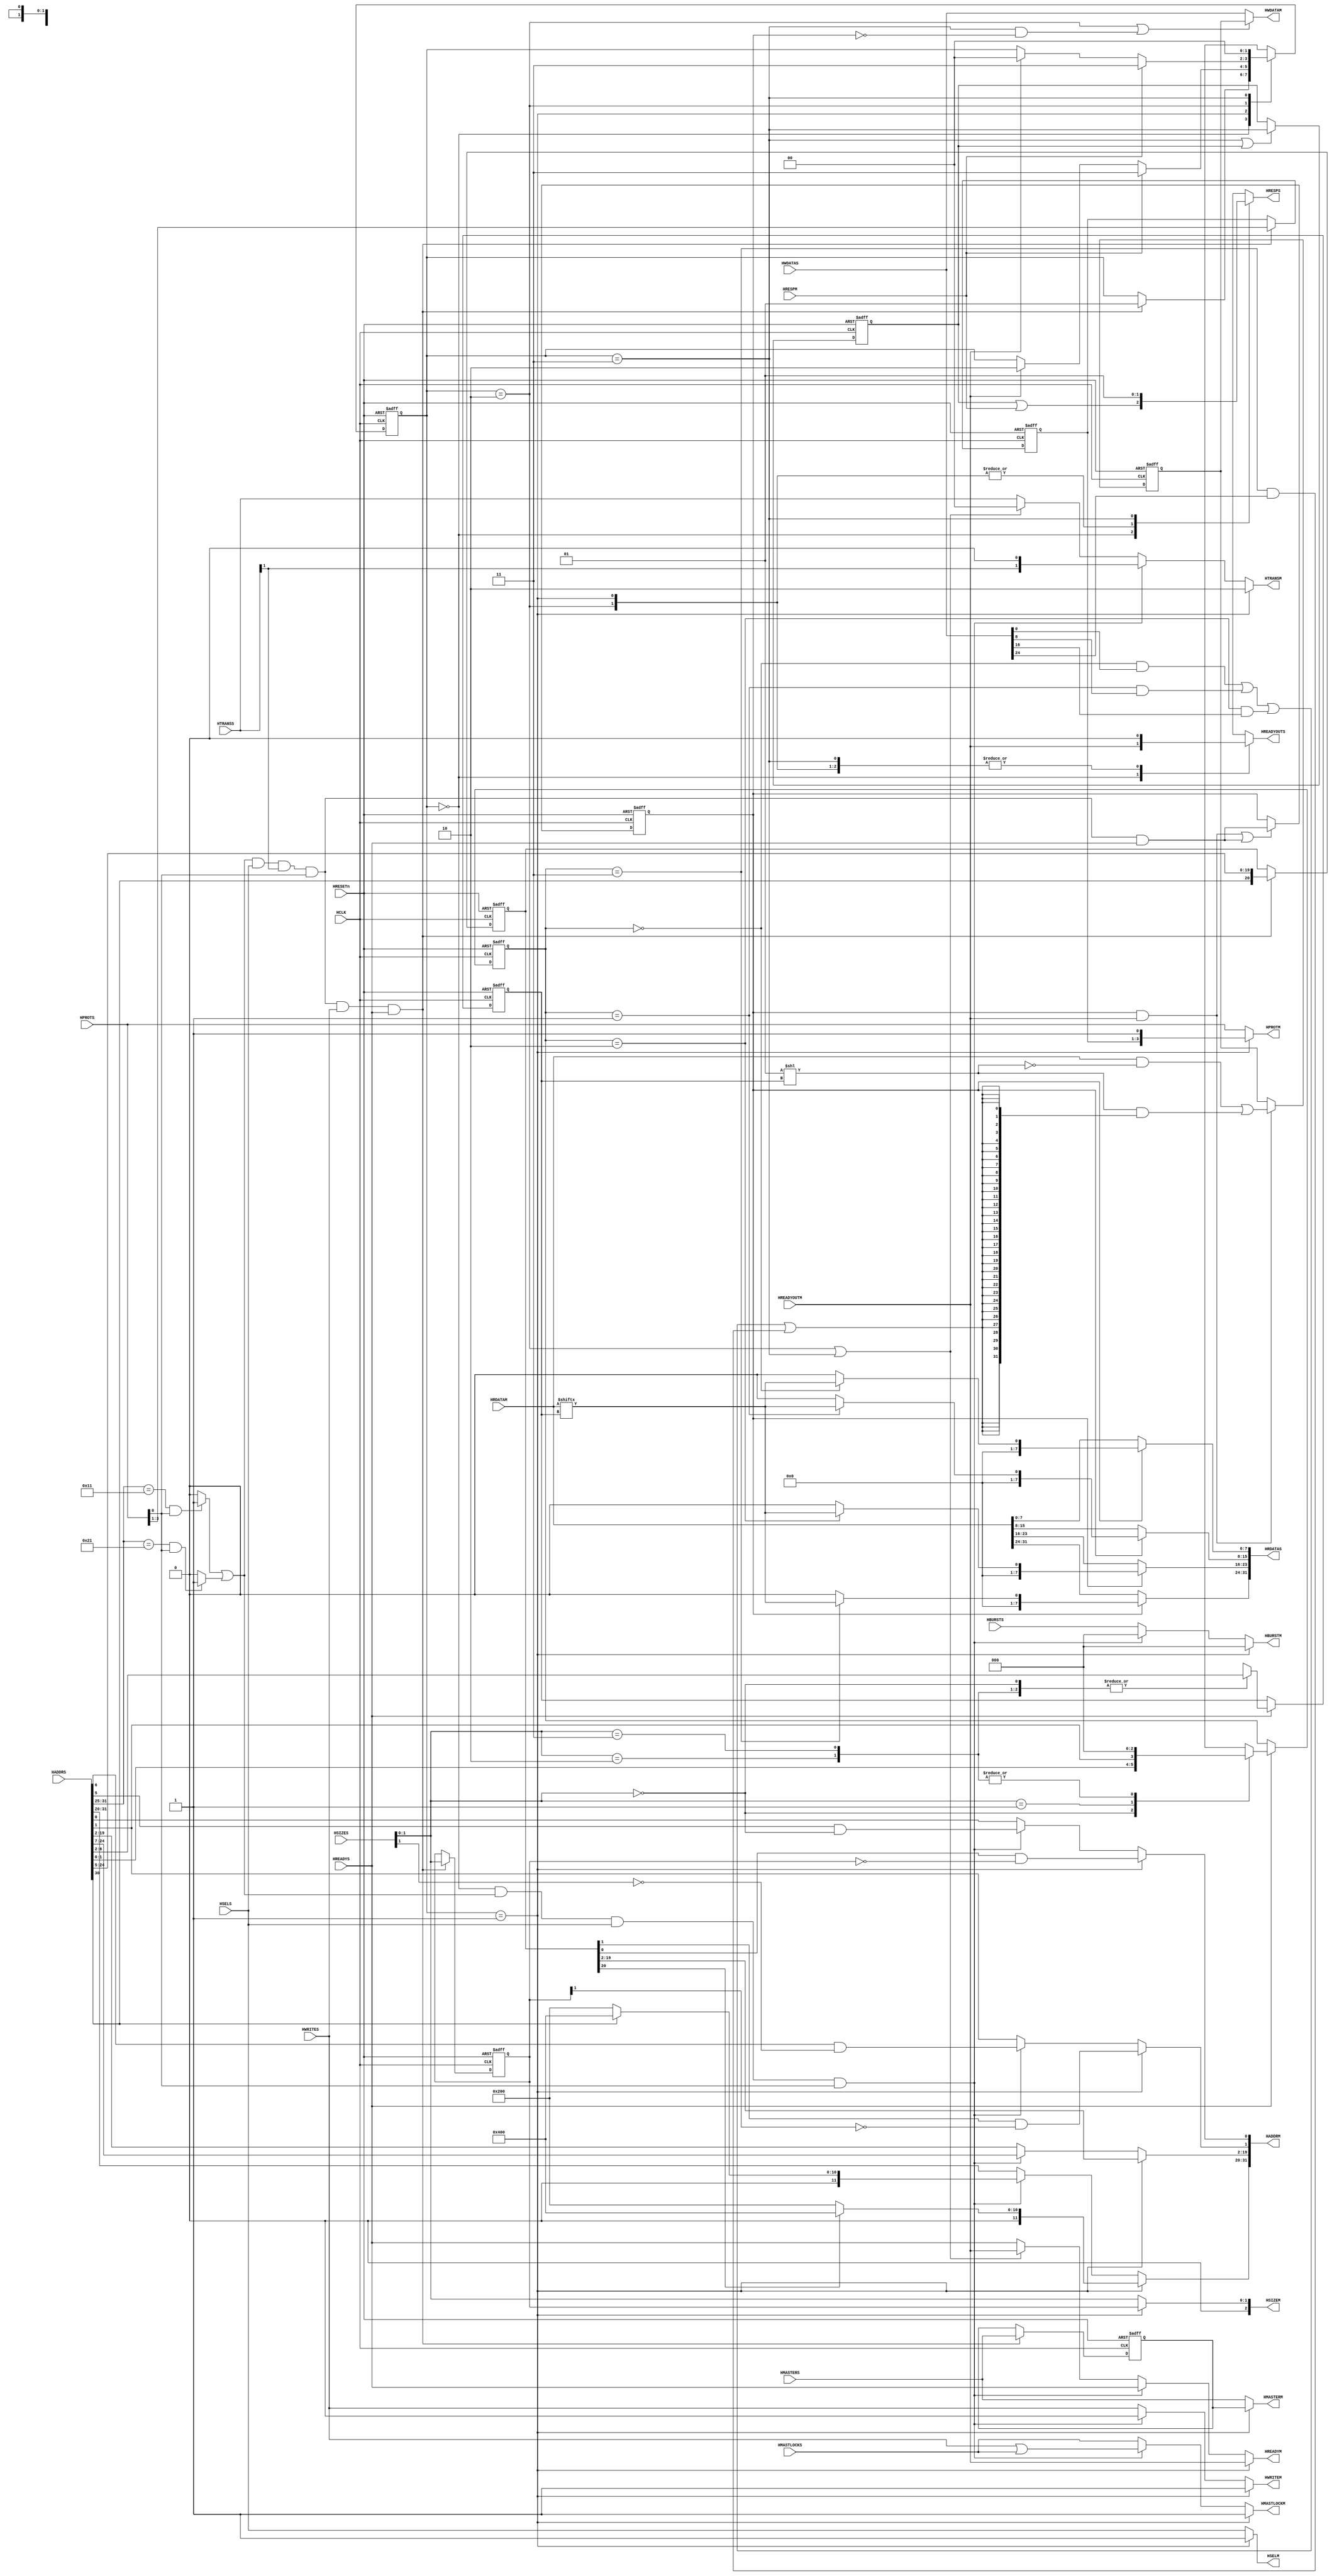
//-----------------------------------------------------------------------------
// The confidential and proprietary information contained in this file may
// only be used by a person authorised under and to the extent permitted
// by a subsisting licensing agreement from ARM Limited.
//
//            (C) COPYRIGHT 2010-2013 ARM Limited.
//                ALL RIGHTS RESERVED
//
// This entire notice must be reproduced on all copies of this file
// and copies of this file may only be made by a person if such person is
// permitted to do so under the terms of a subsisting license agreement
// from ARM Limited.
//
//      SVN Information
//
//      Checked In          : $Date: 2013-01-09 12:55:25 +0000 (Wed, 09 Jan 2013) $
//
//      Revision            : $Revision: 233070 $
//
//      Release Information : Cortex-M System Design Kit-r1p0-00rel0
//
//-----------------------------------------------------------------------------
//-----------------------------------------------------------------------------
// Abstract : AHB Bit Band Wrapper
//            A bus wrapper to allow Cortex-M0 or Cortex-M1 to replicate the
//            bit-band feature in the Cortex-M3/M4.
//-----------------------------------------------------------------------------
module cmsdk_ahb_bitband #(
  parameter MW = 1, // Width of HMASTER signals
  parameter BE = 0  // Big Endian
 )
 (
  // System
  input     wire         HCLK,
  input     wire         HRESETn,
  // AHB slave interface
  input     wire         HSELS,
  input     wire  [31:0] HADDRS,
  input     wire   [1:0] HTRANSS,
  input     wire   [3:0] HPROTS,
  input     wire   [MW-1:0] HMASTERS,
  input     wire   [2:0] HBURSTS,
  input     wire         HMASTLOCKS,
  input     wire   [2:0] HSIZES,
  input     wire         HWRITES,
  input     wire         HREADYS,
  input     wire  [31:0] HWDATAS,
  output    wire         HREADYOUTS,
  output    wire  [31:0] HRDATAS,
  output    wire         HRESPS,

  // AHB master interface
  output    wire         HSELM,
  output    wire  [31:0] HADDRM,
  output    wire   [1:0] HTRANSM,
  output    wire   [3:0] HPROTM,
  output    wire   [2:0] HBURSTM,
  output    wire   [MW-1:0] HMASTERM,
  output    wire         HMASTLOCKM,
  output    wire   [2:0] HSIZEM,
  output    wire         HWRITEM,
  output    wire         HREADYM,
  output    wire  [31:0] HWDATAM,
  input     wire         HREADYOUTM,
  input     wire  [31:0] HRDATAM,
  input     wire         HRESPM);


  // --------------------------------------------------------------------------
  // Internal wires
  // --------------------------------------------------------------------------

  // Address range decode
  wire            sram_bitband_alias;       // Bit band alias address detected
  wire            perip_bitband_alias;      // Bit band alias address detected

  wire   [4:0]    bit_address_source;       // 5-bit bit address value
  reg   [20:0]    reg_bit_address;          // Registered bit address with MSB indicating
                                            // SRAM or peripheral region
  wire  [20:0]    nxt_bit_address;          // next state for reg_bit_address
  reg    [1:0]    reg_bitband_size;         // Saved version of HSIZES
  reg    [2:0]    reg_bitband_prot;         // Saved version of HPROTS
  reg [MW-1:0]    reg_bitband_hmstr;        // Saved version of HMASTERS


  reg    [1:0]    reg_fsm_state;            // FSM machine
  reg    [1:0]    nxt_fsm_state;            // Next state for FSM
  // 00 - idle / bypass / bitband read (address phase) / data phase error 2 on slave i/f
  // 01 - locked read (data phase, address phase write)
  // 10 - locked write (data phase, address phase idle)
  // 11 - error (data phase error 1 on slave i/f, address phase idle, unlock)
  wire            bitband_valid;            // bit-band alias read/write
  wire            bitband_valid_and_readys; // bitband_valid is assert and HREADYS is asserted
  wire            rmw_start;                // Read-modify-write (bit-band alias write) start

  // Slave interface - from CPU to bitband wrapper
  reg    [1:0]    byte_number_ap;           // byte-number used in slave interface - address phase
  reg    [1:0]    byte_number_dp;           // byte-number used in slave interface - data phase
  // master interface - from bitband wrapper to slave
  reg    [4:0]    bit_number_ap;            // bit-number in word - address phase
  reg    [4:0]    bit_number_dp;            // bit-number in word - data phase

  reg   [31:0]    haddr_mux;
  reg   [ 1:0]    hsize_mux;
  reg   [ 1:0]    htrans_mux;
  reg             hwrite_mux;
  reg             hmastlock_mux;
  reg [MW-1:0]    hmaster_mux;
  reg   [ 2:0]    hburst_mux;
  reg   [ 3:0]    hprot_mux;
  reg             hreadym_mux;
  reg             hreadyouts_mux;
  reg             hresps_mux;

  // Signal for error response generation
  wire            nxt_err_cycle2;
  wire            reg_err_cycle2_en;
  reg             reg_err_cycle2;

  // Extract required bit
  wire            read_bit_value;
  wire            write_bit_value;
  reg             bitband_read_dataphase;
  reg   [31:0]    reg_data_buffer;
  wire  [31:0]    nxt_data_buffer;
  wire  [31:0]    bit_mask;

  wire            BIGENDIAN;

  // --------------------------------------------------------------------------
  // Main code
  // --------------------------------------------------------------------------

  // FSM States
  localparam RMW_IDLE = 2'b00;      // Idle
  localparam RMW_ONE  = 2'b01;      // Read data phase, Write address phase
  localparam RMW_TWO  = 2'b10;      // Write data phase, Idle address phase
  localparam RMW_ERR  = 2'b11;      // Error response

  // SRAM bit-band region : 0x22000000 to 0x23FFFFFF
  assign  sram_bitband_alias  = ((HADDRS[31:25]==7'b0010_001)&(HPROTS[0])) ? 1'b1 :  1'b0;
  // Peripheral bit-band region : 0x42000000 to 0x43FFFFFF
  assign  perip_bitband_alias = ((HADDRS[31:25]==7'b0100_001)&(HPROTS[0])) ? 1'b1 :  1'b0;

  assign  bit_address_source[4:0] = HADDRS[6:2];

  // Bit-band alias remapping take place if
  // - address range matched
  // - transfer is active
  // - transfer is a data access
  assign  bitband_valid   = (sram_bitband_alias|perip_bitband_alias) & HSELS & HTRANSS[1] & HPROTS[0];
  // Signal to trigger
  // - saving of transfer information and
  // - start the FSM
  assign  rmw_start       = bitband_valid & HWRITES & HREADYS;
  // Truncate required information to avoid saving all address bit
  assign  nxt_bit_address = {HADDRS[30], HADDRS[24:5]};

  // Save information required for bit-band write phase
  always @(posedge HCLK or negedge HRESETn)
  begin
    if (~HRESETn)
      begin
      reg_bit_address <= {21{1'b0}};
      reg_bitband_size<= 2'b00;
      reg_bitband_prot<= 3'b000;
      reg_bitband_hmstr<={MW{1'b0}};
      end
    else if (rmw_start)
      begin
      reg_bit_address <= nxt_bit_address;
      reg_bitband_size<= HSIZES[1:0];
      reg_bitband_prot<= HPROTS[3:1]; // no need to save HPROT[0] because bit band only apply to data accesses
      reg_bitband_hmstr<=HMASTERS;
      end
  end

  // FSM operation
  always @(reg_fsm_state or rmw_start or HRESPM or HREADYOUTM)
    begin
    case (reg_fsm_state)
      RMW_IDLE : begin
          if (rmw_start)
            nxt_fsm_state = RMW_ONE;
          else
            nxt_fsm_state = reg_fsm_state;
          end
      RMW_ONE : begin // RMW : Read data phase, Write address phase
          if (HRESPM)
            nxt_fsm_state = RMW_ERR;
          else if (HREADYOUTM)
            nxt_fsm_state = RMW_TWO;
          else
            nxt_fsm_state = reg_fsm_state;
          end
      RMW_TWO : begin // RMW : Write data phase, Idle address phase
          if (HRESPM)
            nxt_fsm_state = RMW_ERR;
          else if (HREADYOUTM)
            nxt_fsm_state = RMW_IDLE;
          else
            nxt_fsm_state = reg_fsm_state;
          end
      RMW_ERR : begin
          nxt_fsm_state = RMW_IDLE;
          end
      default : nxt_fsm_state = 2'bxx;
    endcase
    end

  // Registering FSM state
  always @(posedge HCLK or negedge HRESETn)
  begin
    if (~HRESETn)
      reg_fsm_state <= RMW_IDLE;
    else
      reg_fsm_state <= nxt_fsm_state;
  end

  // --------------------------------------------------------------------------
  // Bit processing
  // --------------------------------------------------------------------------
  assign BIGENDIAN = (BE==1'b0) ? 1'b0 : 1'b1;

  // This signal tell which byte we should look at when a bit-band read/write
  // is carried out.  For read, we will need to set
  //     HRDATAS = <read_bit_value> << (byte_number_dp*8)
  // For write, we will need to extract
  //     <write_bit_value> = (HWDATAS >> (byte_number_dp*8)) & 1
  // Little endian
  // HSIZE          HADDR   3  2  1  0
  // Word     size    00   -- -- -- dd
  // Halfword size    00   -- -- -- dd
  // Halfword size    10   -- dd -- --
  // Byte     size    00   -- -- -- dd
  // Byte     size    01   -- -- dd --
  // Byte     size    10   -- dd -- --
  // Byte     size    11   dd -- -- --
  // Big endian
  // HSIZE          HADDR
  // Word     size    00   dd -- -- --
  // Halfword size    00   -- -- dd --
  // Halfword size    10   dd -- -- --
  // Byte     size    00   -- -- -- dd
  // Byte     size    01   -- -- dd --
  // Byte     size    10   -- dd -- --
  // Byte     size    11   dd -- -- --
  always @(BIGENDIAN or HSIZES or HADDRS)
  begin
    case (HSIZES[1:0])
      2'b00 : // bytes
        byte_number_ap = HADDRS[1:0];
      2'b01 : // half word
        byte_number_ap = {HADDRS[1], BIGENDIAN};
      2'b10 : // word
        byte_number_ap = {BIGENDIAN, BIGENDIAN};
      2'b11 : // double word - Invalid
        byte_number_ap = {BIGENDIAN, BIGENDIAN};
      default :
        byte_number_ap = 2'bxx;
    endcase
  end

  // Registering for data phase
  always @(posedge HCLK or negedge HRESETn)
    begin
    if (~HRESETn)
      byte_number_dp <= 2'b00;
    else if (HREADYS)
      byte_number_dp <= byte_number_ap;
    end


  always @(BIGENDIAN or HSIZES or bit_address_source)
  begin
    case (HSIZES[1:0])
      2'b00 : // bytes
        bit_number_ap = bit_address_source[4:0];
      2'b01 : // half word
        bit_number_ap = {bit_address_source[4], BIGENDIAN ^ bit_address_source[3], bit_address_source[2:0]};
      2'b10 : // word
        bit_number_ap = {BIGENDIAN ^ bit_address_source[4], BIGENDIAN ^ bit_address_source[3], bit_address_source[2:0]};
      2'b11 : // double word - Invalid
        bit_number_ap = {BIGENDIAN ^ bit_address_source[4], BIGENDIAN ^ bit_address_source[3], bit_address_source[2:0]};
      default :
        bit_number_ap = 5'bxxxxx;
    endcase
  end
  // Registering for data phase
  always @(posedge HCLK or negedge HRESETn)
    begin
    if (~HRESETn)
      bit_number_dp <= 5'b00000;
    else if (HREADYS)
      bit_number_dp <= bit_number_ap;
    end

  // --------------------------------------------------------------------------
  // Outputs
  // --------------------------------------------------------------------------

  // From Master to Slave
  // HSELS=1 if bit-band write address phase
  assign  HSELM = (reg_fsm_state==RMW_ONE) ? 1'b1 : HSELS;

  // Error response state
  // - first cycle of error response  : (reg_fsm_state==RMW_ERR)
  // - second cycle of error response : reg_err_cycle2==1'b1;
  assign nxt_err_cycle2    = (reg_fsm_state==RMW_ERR);
  assign reg_err_cycle2_en = nxt_err_cycle2 | reg_err_cycle2;

  // Registering state
  always @(posedge HCLK or negedge HRESETn)
    begin
    if (~HRESETn)
      reg_err_cycle2 <= 1'b0;
    else if (reg_err_cycle2_en)
      reg_err_cycle2 <= nxt_err_cycle2;
    end

  // Multiplexer to generate bit-band remapping bus transfers
  always @(*)
    begin
    if (reg_fsm_state==RMW_ONE) begin // Bit-band read (data phase) write (address phase) cycle
      // Address phase for write operation
      haddr_mux[31:20] = reg_bit_address[20] ? 12'h400 : 12'h200;
      haddr_mux[19: 2] = reg_bit_address[19:2];
      haddr_mux[    1] = reg_bit_address[1] & (~reg_bitband_size[1]);
      haddr_mux[    0] = reg_bit_address[0] & (reg_bitband_size[1:0]==2'b00);
      hsize_mux[1  :0] = reg_bitband_size[1:0];
      hmaster_mux      = reg_bitband_hmstr;
      htrans_mux[ 1:0] = 2'b10;
      hwrite_mux       = 1'b1;
      hmastlock_mux    = 1'b1;
      hburst_mux       = 3'b000; // No burst for bit-band alias
      hprot_mux        = {reg_bitband_prot[2:0], 1'b1};
      hreadym_mux      = HREADYOUTM;
      end
    else if ((reg_fsm_state==RMW_IDLE) & (sram_bitband_alias|perip_bitband_alias) & HSELS & HPROTS[0])
      begin // bit-band alias remap to bit-band region
      haddr_mux[31:20] = HADDRS[30] ? 12'h400 : 12'h200;
      haddr_mux[19: 2] = HADDRS[24:7];
      haddr_mux[    1] = HADDRS[6] & (~HSIZES[1]);
      haddr_mux[    0] = HADDRS[5] & (HSIZES[1:0]==2'b00);
      hsize_mux[1  :0] = HSIZES[1:0];
      hmaster_mux      = HMASTERS;
      htrans_mux[ 1:0] = {HTRANSS[1], 1'b0};
      hwrite_mux       = 1'b0;
      hmastlock_mux    = HWRITES|HMASTLOCKS;
      hburst_mux       = 3'b000; // No burst for bit-band alias
      hprot_mux        = HPROTS[3:0];
      hreadym_mux      = HREADYS;
      end
    else if ((reg_fsm_state==RMW_TWO)| // bit-band write data phase, address phase IDLE
             (reg_fsm_state==RMW_ERR)) // error (data phase error 1 on slave i/f, address phase idle, unlock)
      begin
      haddr_mux[31: 0] = HADDRS[31:0];
      hsize_mux[1 : 0] = HSIZES[1:0];
      hmaster_mux      = HMASTERS;
      htrans_mux[ 1:0] = 2'b00;
      hwrite_mux       = HWRITES;
      hmastlock_mux    = HMASTLOCKS; // Note : If CPU generates locked transfer to bit-band alias, this will not unlock the bus
      hburst_mux       = HBURSTS;
      hprot_mux        = HPROTS[3:0];
      hreadym_mux      = HREADYOUTM;
      end
    else  // bypass
      begin
      haddr_mux[31: 0] = HADDRS[31:0];
      hsize_mux[1 : 0] = HSIZES[1:0];
      hmaster_mux      = HMASTERS;
      htrans_mux[ 1:0] = HTRANSS[1:0];
      hwrite_mux       = HWRITES;
      hmastlock_mux    = HMASTLOCKS;
      hburst_mux       = HBURSTS;
      hprot_mux        = HPROTS[3:0];
      hreadym_mux      = HREADYS;
      end
    end

  // Generate response to bus master
  always @(reg_fsm_state or HREADYOUTM or HRESPM or reg_err_cycle2)
    begin
    case (reg_fsm_state)
    RMW_ONE: begin // Bit-band read (data phase) write (address phase) cycle
      hreadyouts_mux = 1'b0; // mask ready from bus master
      hresps_mux     = 1'b0;
      end
    RMW_IDLE: begin // bit-band alias remap to bit-band region
      hreadyouts_mux = HREADYOUTM; // Normal
      hresps_mux     = reg_err_cycle2 | HRESPM; // Error response cycle #2 from bit-band read during RMW
      end
    RMW_TWO: begin // bit-band write data phase, address phase IDLE
      hreadyouts_mux = 1'b0; // Normal
      hresps_mux     = 1'b0;
      end
    RMW_ERR: begin // error (data phase error 1 on slave i/f, address phase idle, unlock)
      hreadyouts_mux = 1'b0;
      hresps_mux     = 1'b1;
      end
    default: begin
      hreadyouts_mux = 1'bx;
      hresps_mux     = 1'bx;
      end
    endcase
    end

  // Output to top level signals
  assign HADDRM     = haddr_mux;
  assign HSIZEM     = {1'b0, hsize_mux[1:0]};
  assign HTRANSM    = htrans_mux;
  assign HWRITEM    = hwrite_mux;
  assign HMASTERM   = hmaster_mux;
  assign HMASTLOCKM = hmastlock_mux;
  assign HBURSTM    = hburst_mux;
  assign HPROTM     = hprot_mux;
  assign HREADYM    = hreadym_mux;
  assign HREADYOUTS = hreadyouts_mux;
  assign HRESPS     = hresps_mux;


  // --------------------------------------------------------------------------
  // Data processing
  // --------------------------------------------------------------------------

  // Extract bit value read from bit-band alias
  assign  read_bit_value = HRDATAM[bit_number_dp];

  assign  bitband_valid_and_readys = bitband_valid & HREADYS;

  // Control signal to indicate bit-band read data phase
  always @(posedge HCLK or negedge HRESETn)
    begin
    if (~HRESETn)
      bitband_read_dataphase <= 1'b0;
    else if ((bitband_read_dataphase & HREADYOUTM)|(bitband_valid & HREADYS))
      bitband_read_dataphase <= bitband_valid_and_readys;
       // bitband_valid can either be bit-band alias read
       // or first half of bit-band alias write. In both case a bitband
       // read operation is required
    end

  // Bit-band alias read value
  assign  HRDATAS[ 7: 0] = (bitband_read_dataphase) ?
             ((byte_number_dp==2'b00) ? {7'b0000000,read_bit_value} :  8'h00) :
             HRDATAM[7:0];
  assign  HRDATAS[15: 8] = (bitband_read_dataphase) ?
             ((byte_number_dp==2'b01) ? {7'b0000000,read_bit_value} :  8'h00) :
             HRDATAM[15:8];
  assign  HRDATAS[23:16] = (bitband_read_dataphase) ?
             ((byte_number_dp==2'b10) ? {7'b0000000,read_bit_value} :  8'h00) :
             HRDATAM[23:16];
  assign  HRDATAS[31:24] = (bitband_read_dataphase) ?
             ((byte_number_dp==2'b11) ? {7'b0000000,read_bit_value} :  8'h00) :
             HRDATAM[31:24];

  // Extract write bit value for read modify write
  assign  write_bit_value = ((byte_number_dp==2'b00) & HWDATAS[0]) |
                            ((byte_number_dp==2'b01) & HWDATAS[8]) |
                            ((byte_number_dp==2'b10) & HWDATAS[16]) |
                            ((byte_number_dp==2'b11) & HWDATAS[24]);

  // Generate bit mask for bit band read-modify-write
  // Using bit_number_dp (dat phase bit number value), the bit_mask
  // value (one hot) is generated.
  assign bit_mask = 1 << bit_number_dp;

  // Create write data
  assign   nxt_data_buffer = (HRDATAM & (~bit_mask)) | (bit_mask & {32{write_bit_value}});

  // Registering for data phase - update at the end of the bit-band read data phase
  always @(posedge HCLK or negedge HRESETn)
    begin
    if (~HRESETn)
      reg_data_buffer <= {32{1'b0}};
    else if (bitband_read_dataphase & HREADYOUTM)
      reg_data_buffer <= nxt_data_buffer;
    end

  // Select HWDATAM output
  // Use data in buffer in state two (bit-band write)
  // and in state 3 (error state) if the error was taken place
  // during write operation (~bitband_read_dataphase).
  assign HWDATAM = ((reg_fsm_state==RMW_TWO)|
                    ((reg_fsm_state==RMW_ERR) & (~bitband_read_dataphase))) ?
                    reg_data_buffer : HWDATAS;

`ifdef ARM_AHB_ASSERT_ON
   // ------------------------------------------------------------
   // Assertions
   // ------------------------------------------------------------
`include "std_ovl_defines.h"

  wire  ovl_bb_alias_address_phase;  // transfer to bit-band alias address phase

  wire  ovl_normal_address_phase;    // normal transfer address phase
  reg   ovl_normal_data_phase;       // normal transfer data phase

  wire  ovl_nxt_bb_read_data_phase;  // Bit band alias read address phase
  reg   ovl_reg_bb_read_data_phase;  // Bit band alias read data phase


  assign ovl_bb_alias_address_phase = HSELS & HTRANSS[1] & (sram_bitband_alias|perip_bitband_alias);
  assign ovl_normal_address_phase   = HSELS & HTRANSS[1] & (~(sram_bitband_alias|perip_bitband_alias));
  assign ovl_nxt_bb_read_data_phase = ovl_bb_alias_address_phase & (~HWRITES);

  always @(posedge HCLK or negedge HRESETn)
  begin
  if (~HRESETn)
    begin
    ovl_normal_data_phase   <= 1'b0;
    ovl_reg_bb_read_data_phase <= 1'b0;
    end
  else if (HREADYS)
    begin
    ovl_normal_data_phase   <= ovl_normal_address_phase;
    ovl_reg_bb_read_data_phase <= ovl_nxt_bb_read_data_phase;
    end
  end

  wire  ovl_nxt_rmw_data_phase_1;
  reg   ovl_reg_rmw_data_phase_1;
  wire  ovl_nxt_rmw_data_phase_2;
  reg   ovl_reg_rmw_data_phase_2;

  assign ovl_nxt_rmw_data_phase_1 =
    // Set to 1 when a bit band alias write take place
    (ovl_bb_alias_address_phase & HREADYS & HWRITES) |
    // Remain high until first transfer finish
    (ovl_reg_rmw_data_phase_1 & (~HREADYOUTM));
  assign ovl_nxt_rmw_data_phase_2 =
    // Set to high when data phase 1 finish and not error
    (ovl_reg_rmw_data_phase_1 & HREADYOUTM & (~HRESPM)) |
    // Remain high until second transfer finish
    (ovl_reg_rmw_data_phase_2 & (~HREADYOUTM));

  always @(posedge HCLK or negedge HRESETn)
  begin
  if (~HRESETn)
    begin
    ovl_reg_rmw_data_phase_1 <= 1'b0;
    ovl_reg_rmw_data_phase_2 <= 1'b0;
    end
  else
    begin
    ovl_reg_rmw_data_phase_1 <= ovl_nxt_rmw_data_phase_1;
    ovl_reg_rmw_data_phase_2 <= ovl_nxt_rmw_data_phase_2;
    end
  end

  // In normal address phase, control should be the same as usual transfer
   assert_implication
     #(`OVL_ERROR,`OVL_ASSERT,
       "Normal transfer ctrl mismatch")
   u_ovl_normal_ctrl_mistmatch
     (.clk(HCLK), .reset_n(HRESETn),
      .antecedent_expr(ovl_normal_address_phase & HREADYS),
      .consequent_expr((HSIZES==HSIZEM) &
                       (HWRITES==HWRITEM) &
                       (HPROTS==HPROTM) &
                       (HBURSTS==HBURSTM) &
                       (HMASTERS==HMASTERM) &
                       (HMASTLOCKS==HMASTLOCKM))
      );

  // In normal address phase, address should be the same as usual transfer
   assert_implication
     #(`OVL_ERROR,`OVL_ASSERT,
       "Normal transfer ctrl mismatch")
   u_ovl_normal_addr_mistmatch
     (.clk(HCLK), .reset_n(HRESETn),
      .antecedent_expr(ovl_normal_address_phase & HREADYS),
      .consequent_expr((HADDRS==HADDRM))
      );

  // In normal data phase, response should be the same as usual transfer
   assert_implication
     #(`OVL_ERROR,`OVL_ASSERT,
       "Normal transfer response mismatch")
   u_ovl_normal_result_mistmatch
     (.clk(HCLK), .reset_n(HRESETn),
      .antecedent_expr(ovl_normal_data_phase),
      .consequent_expr((HREADYOUTS==HREADYOUTM) &
                       (HRESPS==HRESPM) &
                       (HREADYS==HREADYM))
      );

  // In bit-band address phase, control (apart from HMASTLOCK and HWRITEM) should be the same as usual transfer
   assert_implication
     #(`OVL_ERROR,`OVL_ASSERT,
       "Bit band alias transfer ctrl mismatch")
   u_ovl_bb_alias_ctrl_mistmatch
     (.clk(HCLK), .reset_n(HRESETn),
      .antecedent_expr(ovl_bb_alias_address_phase & HREADYS),
      .consequent_expr((HSIZES==HSIZEM) &
                       (HPROTS==HPROTM) &
                       (HMASTERS==HMASTERM))
      );

  // In bit-band address phase, HMASTLOCK should be the 1 if it is a write
   assert_implication
     #(`OVL_ERROR,`OVL_ASSERT,
       "Bit band alias write HMASTLOCKM should be 1")
   u_ovl_bb_alias_write_hmastlock_mistmatch
     (.clk(HCLK), .reset_n(HRESETn),
      .antecedent_expr(ovl_bb_alias_address_phase & HREADYS & HWRITES),
      .consequent_expr(HMASTLOCKM==1'b1)
      );

  // In bit-band address phase, HMASTLOCK should be the same as usual transfer if it is a read
   assert_implication
     #(`OVL_ERROR,`OVL_ASSERT,
       "Bit band alias read HMASTLOCKM should be same as HMASTLOCKS")
   u_ovl_bb_alias_read_hmastlock_mistmatch
     (.clk(HCLK), .reset_n(HRESETn),
      .antecedent_expr(ovl_bb_alias_address_phase & HREADYS & (~HWRITES)),
      .consequent_expr(HMASTLOCKM==HMASTLOCKS)
      );

  // In bit-band address phase, HWRITEM should be the 0
  // Even if the transfer is a write, it will have to carry out a read-modify-write
  // so the HWRITEM in first address phase should be 0
   assert_implication
     #(`OVL_ERROR,`OVL_ASSERT,
       "Bit band alias HWRITEM should be 0 in address phase")
   u_ovl_bb_alias_hwritem_mistmatch
     (.clk(HCLK), .reset_n(HRESETn),
      .antecedent_expr(ovl_bb_alias_address_phase & HREADYS),
      .consequent_expr(HWRITEM==1'b0)
      );


  // State machine check for read modify write data phase 1 (read)
   assert_implication
     #(`OVL_ERROR,`OVL_ASSERT,
       "FSM value incorrect in RMW data phase 1")
   u_ovl_fsm_data_phase_1
     (.clk(HCLK), .reset_n(HRESETn),
      .antecedent_expr(ovl_reg_rmw_data_phase_1 & (~HRESPM)),
      .consequent_expr(reg_fsm_state == RMW_ONE)
      );

  // State machine check for error during read modify write data phase 1
   assert_implication
     #(`OVL_ERROR,`OVL_ASSERT,
       "FSM value incorrect in RMW data phase 1 error")
   u_ovl_fsm_data_phase_1_error
     (.clk(HCLK), .reset_n(HRESETn),
      .antecedent_expr(ovl_reg_rmw_data_phase_1 & HRESPM & HREADYOUTM),
      .consequent_expr(reg_fsm_state == RMW_ERR)
      );

  // State machine check for read modify write data phase 2 (write)
   assert_implication
     #(`OVL_ERROR,`OVL_ASSERT,
       "FSM value incorrect in RMW data phase 2")
   u_ovl_fsm_data_phase_2
     (.clk(HCLK), .reset_n(HRESETn),
      .antecedent_expr(ovl_reg_rmw_data_phase_2 & (~HRESPM)),
      .consequent_expr(reg_fsm_state == RMW_TWO)
      );

  // State machine check for error during read modify write data phase 2
   assert_implication
     #(`OVL_ERROR,`OVL_ASSERT,
       "FSM value incorrect in RMW data phase 2 error")
   u_ovl_fsm_data_phase_2_error
     (.clk(HCLK), .reset_n(HRESETn),
      .antecedent_expr(ovl_reg_rmw_data_phase_2 & HRESPM & HREADYOUTM),
      .consequent_expr(reg_fsm_state == RMW_ERR)
      );

  // During data phase 1, HMASTLOCK should be high, HBURST should be SINGLE
  // and it should be a write operation
   assert_implication
     #(`OVL_ERROR,`OVL_ASSERT,
       "Ctrl in RMW data phase 1 error, expecting write,single,nseq,locked")
   u_ovl_bb_alias_ctrl_data_phase_1
     (.clk(HCLK), .reset_n(HRESETn),
      .antecedent_expr(ovl_reg_rmw_data_phase_1 & (~HRESPM)),
      .consequent_expr((HMASTLOCKM == 1'b1) &
                       (HBURSTM==3'b000) &
                       (HWRITEM==1'b1) & (HTRANSM==2'b10))
      );

  // During data phase 2, HMASTLOCK should be same as HMASTLOCK from CPU
  // Note : It is not normal for the CPU to generate locked transfers to bit band alias
  //        but architectural nothing stopping it from doing so
   assert_implication
     #(`OVL_ERROR,`OVL_ASSERT,
       "Ctrl in RMW data phase 2 error, expecting idle")
   u_ovl_bb_alias_ctrl_data_phase_2
     (.clk(HCLK), .reset_n(HRESETn),
      .antecedent_expr(ovl_reg_rmw_data_phase_2 & (~HRESPM)),
      .consequent_expr((HMASTLOCKM == HMASTLOCKS) & (HTRANSM==2'b00))
      );

  // Generate bit mask
  reg [31:0] ovl_nxt_bit_mask;
  reg [31:0] ovl_reg_bit_mask;

  always @(HADDRS or BIGENDIAN or HSIZES)
  begin
    if ((BIGENDIAN==1'b0) | (HSIZES[1:0]==2'b00)) // little endian or byte size
      case (HADDRS[6:2])
      5'b00000 : ovl_nxt_bit_mask = 32'b00000000_00000000_00000000_00000001;
      5'b00001 : ovl_nxt_bit_mask = 32'b00000000_00000000_00000000_00000010;
      5'b00010 : ovl_nxt_bit_mask = 32'b00000000_00000000_00000000_00000100;
      5'b00011 : ovl_nxt_bit_mask = 32'b00000000_00000000_00000000_00001000;
      5'b00100 : ovl_nxt_bit_mask = 32'b00000000_00000000_00000000_00010000;
      5'b00101 : ovl_nxt_bit_mask = 32'b00000000_00000000_00000000_00100000;
      5'b00110 : ovl_nxt_bit_mask = 32'b00000000_00000000_00000000_01000000;
      5'b00111 : ovl_nxt_bit_mask = 32'b00000000_00000000_00000000_10000000;
      5'b01000 : ovl_nxt_bit_mask = 32'b00000000_00000000_00000001_00000000;
      5'b01001 : ovl_nxt_bit_mask = 32'b00000000_00000000_00000010_00000000;
      5'b01010 : ovl_nxt_bit_mask = 32'b00000000_00000000_00000100_00000000;
      5'b01011 : ovl_nxt_bit_mask = 32'b00000000_00000000_00001000_00000000;
      5'b01100 : ovl_nxt_bit_mask = 32'b00000000_00000000_00010000_00000000;
      5'b01101 : ovl_nxt_bit_mask = 32'b00000000_00000000_00100000_00000000;
      5'b01110 : ovl_nxt_bit_mask = 32'b00000000_00000000_01000000_00000000;
      5'b01111 : ovl_nxt_bit_mask = 32'b00000000_00000000_10000000_00000000;
      5'b10000 : ovl_nxt_bit_mask = 32'b00000000_00000001_00000000_00000000;
      5'b10001 : ovl_nxt_bit_mask = 32'b00000000_00000010_00000000_00000000;
      5'b10010 : ovl_nxt_bit_mask = 32'b00000000_00000100_00000000_00000000;
      5'b10011 : ovl_nxt_bit_mask = 32'b00000000_00001000_00000000_00000000;
      5'b10100 : ovl_nxt_bit_mask = 32'b00000000_00010000_00000000_00000000;
      5'b10101 : ovl_nxt_bit_mask = 32'b00000000_00100000_00000000_00000000;
      5'b10110 : ovl_nxt_bit_mask = 32'b00000000_01000000_00000000_00000000;
      5'b10111 : ovl_nxt_bit_mask = 32'b00000000_10000000_00000000_00000000;
      5'b11000 : ovl_nxt_bit_mask = 32'b00000001_00000000_00000000_00000000;
      5'b11001 : ovl_nxt_bit_mask = 32'b00000010_00000000_00000000_00000000;
      5'b11010 : ovl_nxt_bit_mask = 32'b00000100_00000000_00000000_00000000;
      5'b11011 : ovl_nxt_bit_mask = 32'b00001000_00000000_00000000_00000000;
      5'b11100 : ovl_nxt_bit_mask = 32'b00010000_00000000_00000000_00000000;
      5'b11101 : ovl_nxt_bit_mask = 32'b00100000_00000000_00000000_00000000;
      5'b11110 : ovl_nxt_bit_mask = 32'b01000000_00000000_00000000_00000000;
      5'b11111 : ovl_nxt_bit_mask = 32'b10000000_00000000_00000000_00000000;
      default  : ovl_nxt_bit_mask = {32{1'bx}};
      endcase
    else // big endian
      if (HSIZES[1:0]==2'b01)
        begin // Half word size, swap within half word
        case (HADDRS[6:2])
          5'b00000 : ovl_nxt_bit_mask = 32'b00000000_00000000_00000001_00000000;
          5'b00001 : ovl_nxt_bit_mask = 32'b00000000_00000000_00000010_00000000;
          5'b00010 : ovl_nxt_bit_mask = 32'b00000000_00000000_00000100_00000000;
          5'b00011 : ovl_nxt_bit_mask = 32'b00000000_00000000_00001000_00000000;
          5'b00100 : ovl_nxt_bit_mask = 32'b00000000_00000000_00010000_00000000;
          5'b00101 : ovl_nxt_bit_mask = 32'b00000000_00000000_00100000_00000000;
          5'b00110 : ovl_nxt_bit_mask = 32'b00000000_00000000_01000000_00000000;
          5'b00111 : ovl_nxt_bit_mask = 32'b00000000_00000000_10000000_00000000;
          5'b01000 : ovl_nxt_bit_mask = 32'b00000000_00000000_00000000_00000001;
          5'b01001 : ovl_nxt_bit_mask = 32'b00000000_00000000_00000000_00000010;
          5'b01010 : ovl_nxt_bit_mask = 32'b00000000_00000000_00000000_00000100;
          5'b01011 : ovl_nxt_bit_mask = 32'b00000000_00000000_00000000_00001000;
          5'b01100 : ovl_nxt_bit_mask = 32'b00000000_00000000_00000000_00010000;
          5'b01101 : ovl_nxt_bit_mask = 32'b00000000_00000000_00000000_00100000;
          5'b01110 : ovl_nxt_bit_mask = 32'b00000000_00000000_00000000_01000000;
          5'b01111 : ovl_nxt_bit_mask = 32'b00000000_00000000_00000000_10000000;
          5'b10000 : ovl_nxt_bit_mask = 32'b00000001_00000000_00000000_00000000;
          5'b10001 : ovl_nxt_bit_mask = 32'b00000010_00000000_00000000_00000000;
          5'b10010 : ovl_nxt_bit_mask = 32'b00000100_00000000_00000000_00000000;
          5'b10011 : ovl_nxt_bit_mask = 32'b00001000_00000000_00000000_00000000;
          5'b10100 : ovl_nxt_bit_mask = 32'b00010000_00000000_00000000_00000000;
          5'b10101 : ovl_nxt_bit_mask = 32'b00100000_00000000_00000000_00000000;
          5'b10110 : ovl_nxt_bit_mask = 32'b01000000_00000000_00000000_00000000;
          5'b10111 : ovl_nxt_bit_mask = 32'b10000000_00000000_00000000_00000000;
          5'b11000 : ovl_nxt_bit_mask = 32'b00000000_00000001_00000000_00000000;
          5'b11001 : ovl_nxt_bit_mask = 32'b00000000_00000010_00000000_00000000;
          5'b11010 : ovl_nxt_bit_mask = 32'b00000000_00000100_00000000_00000000;
          5'b11011 : ovl_nxt_bit_mask = 32'b00000000_00001000_00000000_00000000;
          5'b11100 : ovl_nxt_bit_mask = 32'b00000000_00010000_00000000_00000000;
          5'b11101 : ovl_nxt_bit_mask = 32'b00000000_00100000_00000000_00000000;
          5'b11110 : ovl_nxt_bit_mask = 32'b00000000_01000000_00000000_00000000;
          5'b11111 : ovl_nxt_bit_mask = 32'b00000000_10000000_00000000_00000000;
          default  : ovl_nxt_bit_mask = {32{1'bx}};
        endcase
        end
      else begin // word size, swap all four bytes
        case (HADDRS[6:2])
          5'b00000 : ovl_nxt_bit_mask = 32'b00000001_00000000_00000000_00000000;
          5'b00001 : ovl_nxt_bit_mask = 32'b00000010_00000000_00000000_00000000;
          5'b00010 : ovl_nxt_bit_mask = 32'b00000100_00000000_00000000_00000000;
          5'b00011 : ovl_nxt_bit_mask = 32'b00001000_00000000_00000000_00000000;
          5'b00100 : ovl_nxt_bit_mask = 32'b00010000_00000000_00000000_00000000;
          5'b00101 : ovl_nxt_bit_mask = 32'b00100000_00000000_00000000_00000000;
          5'b00110 : ovl_nxt_bit_mask = 32'b01000000_00000000_00000000_00000000;
          5'b00111 : ovl_nxt_bit_mask = 32'b10000000_00000000_00000000_00000000;
          5'b01000 : ovl_nxt_bit_mask = 32'b00000000_00000001_00000000_00000000;
          5'b01001 : ovl_nxt_bit_mask = 32'b00000000_00000010_00000000_00000000;
          5'b01010 : ovl_nxt_bit_mask = 32'b00000000_00000100_00000000_00000000;
          5'b01011 : ovl_nxt_bit_mask = 32'b00000000_00001000_00000000_00000000;
          5'b01100 : ovl_nxt_bit_mask = 32'b00000000_00010000_00000000_00000000;
          5'b01101 : ovl_nxt_bit_mask = 32'b00000000_00100000_00000000_00000000;
          5'b01110 : ovl_nxt_bit_mask = 32'b00000000_01000000_00000000_00000000;
          5'b01111 : ovl_nxt_bit_mask = 32'b00000000_10000000_00000000_00000000;
          5'b10000 : ovl_nxt_bit_mask = 32'b00000000_00000000_00000001_00000000;
          5'b10001 : ovl_nxt_bit_mask = 32'b00000000_00000000_00000010_00000000;
          5'b10010 : ovl_nxt_bit_mask = 32'b00000000_00000000_00000100_00000000;
          5'b10011 : ovl_nxt_bit_mask = 32'b00000000_00000000_00001000_00000000;
          5'b10100 : ovl_nxt_bit_mask = 32'b00000000_00000000_00010000_00000000;
          5'b10101 : ovl_nxt_bit_mask = 32'b00000000_00000000_00100000_00000000;
          5'b10110 : ovl_nxt_bit_mask = 32'b00000000_00000000_01000000_00000000;
          5'b10111 : ovl_nxt_bit_mask = 32'b00000000_00000000_10000000_00000000;
          5'b11000 : ovl_nxt_bit_mask = 32'b00000000_00000000_00000000_00000001;
          5'b11001 : ovl_nxt_bit_mask = 32'b00000000_00000000_00000000_00000010;
          5'b11010 : ovl_nxt_bit_mask = 32'b00000000_00000000_00000000_00000100;
          5'b11011 : ovl_nxt_bit_mask = 32'b00000000_00000000_00000000_00001000;
          5'b11100 : ovl_nxt_bit_mask = 32'b00000000_00000000_00000000_00010000;
          5'b11101 : ovl_nxt_bit_mask = 32'b00000000_00000000_00000000_00100000;
          5'b11110 : ovl_nxt_bit_mask = 32'b00000000_00000000_00000000_01000000;
          5'b11111 : ovl_nxt_bit_mask = 32'b00000000_00000000_00000000_10000000;
          default  : ovl_nxt_bit_mask = {32{1'bx}};
        endcase
        end
  end

  // Register bit mask for data phase
  always @(posedge HCLK or negedge HRESETn)
  begin
  if (~HRESETn)
    ovl_reg_bit_mask <= {32{1'b0}};
  else if (HREADYS)
    ovl_reg_bit_mask <= ovl_nxt_bit_mask;
  end

  // Check mapping of HSIZE is handled correctly
  reg  [2:0]  ovl_reg_hsize_data_phase;

  always @(posedge HCLK or negedge HRESETn)
  begin
  if (~HRESETn)
    ovl_reg_hsize_data_phase <= 3'b000;
  else if (HREADYS)
    ovl_reg_hsize_data_phase <= HSIZES;
  end

   // Create expected bit band alias read data
   reg  [31:0] ovl_expected_bit_band_read_data;

   always @(BIGENDIAN or ovl_reg_bit_mask or HRDATAM or ovl_reg_hsize_data_phase)
   begin
     if (BIGENDIAN==1'b0) // little endian
       begin
       if ((HRDATAM & ovl_reg_bit_mask)==32'h00000000)
         ovl_expected_bit_band_read_data = 32'h00000000;
       else
         ovl_expected_bit_band_read_data = 32'h00000001;
       end
     else
       begin
       if ((HRDATAM & ovl_reg_bit_mask)==32'h00000000)
         ovl_expected_bit_band_read_data = 32'h00000000;
       else
         begin
         case (ovl_reg_hsize_data_phase[1:0])
           2'b00  : ovl_expected_bit_band_read_data = 32'h00000001; // byte, bigend
           2'b01  : ovl_expected_bit_band_read_data = 32'h00000100; // hword, bigend
           default: ovl_expected_bit_band_read_data = 32'h01000000; // word, bigend
         endcase
         end
       end
   end

   // Check return data in bit band alias read
   assert_implication
     #(`OVL_ERROR,`OVL_ASSERT,
     "Check data return for bit-band alias read")
   u_ovl_bb_alias_read_result_check
     (.clk(HCLK), .reset_n(HRESETn),
      .antecedent_expr(ovl_reg_bb_read_data_phase & HREADYOUTS & (~HRESPS)),
      .consequent_expr(HRDATAS == ovl_expected_bit_band_read_data )
      );

   // Create signal to check bit band alias write
   reg  [31:0] ovl_reg_saved_bit_band_read_data;
   wire        ovl_save_bit_band_read_data =
               ovl_reg_rmw_data_phase_1 & HREADYOUTM;

   always @(posedge HCLK or negedge HRESETn)
   begin
   if (~HRESETn)
     ovl_reg_saved_bit_band_read_data <= {32{1'b0}};
   else if (ovl_save_bit_band_read_data)
     ovl_reg_saved_bit_band_read_data <= HRDATAM;
   end

   // This signal tell which byte we should look at when a bit-band read/write
   // is carried out.  For read, we will need to set
   //     HRDATAS = <read_bit_value> << (byte_number_dp*8)
   // For write, we will need to extract
   //     <write_bit_value> = (HWDATAS >> (byte_number_dp*8)) & 1
   // Little endian
   wire [1:0] ovl_be_byte_num_addr_phase = (HSIZES[1:0] == 2'b00) ? HADDRS[1:0] :
     (HSIZES[1:0] == 2'b01) ? { HADDRS[1], 1'b1} :
     2'b11;

   reg  [1:0]  ovl_be_byte_num_data_phase;

   // Registering for data phase
   always @(posedge HCLK or negedge HRESETn)
     begin
     if (~HRESETn)
       ovl_be_byte_num_data_phase <= 2'b00;
     else if (HREADYS)
       ovl_be_byte_num_data_phase <= ovl_be_byte_num_addr_phase;
     end

  // Extract write bit value for read modify write
  wire  ovl_write_bit_value = ((ovl_be_byte_num_data_phase==2'b00) & HWDATAS[0]) |
                              ((ovl_be_byte_num_data_phase==2'b01) & HWDATAS[8]) |
                              ((ovl_be_byte_num_data_phase==2'b10) & HWDATAS[16]) |
                              ((ovl_be_byte_num_data_phase==2'b11) & HWDATAS[24]);

   // See if we are going to set or clear a bit in the RMW operation
   wire   ovl_bb_rmw_setbit = ovl_reg_rmw_data_phase_2 &
                              (((BIGENDIAN==1'b0) & (HWDATAS[0]==1'b1)) |
                               ((BIGENDIAN==1'b1) & ovl_write_bit_value));

   reg  [31:0] ovl_expected_bit_band_write_data;

   always @(ovl_reg_saved_bit_band_read_data or ovl_bb_rmw_setbit
         or ovl_reg_bit_mask)
     begin
     if (ovl_bb_rmw_setbit==1'b1) // Operation is setting a bit
       ovl_expected_bit_band_write_data =
         ovl_reg_saved_bit_band_read_data | ovl_reg_bit_mask;
     else // Operation is clearing a bit
       ovl_expected_bit_band_write_data =
         ovl_reg_saved_bit_band_read_data & (~ovl_reg_bit_mask);
     end

   // Check write data in bit band alias write
   assert_implication
     #(`OVL_ERROR,`OVL_ASSERT,
       "Check data write for bit-band alias write")
   u_ovl_bb_alias_write_data_check
     (.clk(HCLK), .reset_n(HRESETn),
      .antecedent_expr(ovl_reg_rmw_data_phase_2 & HREADYOUTM & (~HRESPM)),
      .consequent_expr(HWDATAM == ovl_expected_bit_band_write_data )
      );

   // Check HADDRM during bit-band read/write oepration in first phase
   wire [31:0] ovl_expected_haddr_phase_1;
   reg  [31:0] ovl_expected_haddr_phase_2;
   assign ovl_expected_haddr_phase_1[31:20] = (HADDRS[30]) ? 12'h400 : 12'h200;
   assign ovl_expected_haddr_phase_1[19: 2] =  HADDRS[24:7];
   assign ovl_expected_haddr_phase_1[    1] =  HADDRS[6] & (~HSIZES[1]);
   assign ovl_expected_haddr_phase_1[    0] =  HADDRS[5] & (HSIZES[1:0]==2'b00);

   always @(posedge HCLK or negedge HRESETn)
   begin
   if (~HRESETn)
     ovl_expected_haddr_phase_2 <= {32{1'b0}};
   else if (HREADYS)
     ovl_expected_haddr_phase_2 <= ovl_expected_haddr_phase_1;
   end

   assert_implication
     #(`OVL_ERROR,`OVL_ASSERT,
       "Check address for bit-band alias access phase 1")
   u_ovl_bb_alias_address_phase_1
     (.clk(HCLK), .reset_n(HRESETn),
      .antecedent_expr(ovl_bb_alias_address_phase & HREADYS),
      .consequent_expr( HADDRM==ovl_expected_haddr_phase_1)
      );

   assert_implication
     #(`OVL_ERROR,`OVL_ASSERT,
       "Check address for bit-band alias access phase 2 (data phase 1)")
   u_ovl_bb_alias_address_phase_2
     (.clk(HCLK), .reset_n(HRESETn),
      .antecedent_expr(ovl_reg_rmw_data_phase_1 & (~HRESPM)),
      .consequent_expr(HADDRM==ovl_expected_haddr_phase_2)
      );


   assert_implication
     #(`OVL_ERROR,`OVL_ASSERT,
       "Check HSIZE for bit-band alias access phase 1")
   u_ovl_bb_alias_hsize_phase_1
     (.clk(HCLK), .reset_n(HRESETn),
      .antecedent_expr(ovl_bb_alias_address_phase & HREADYS),
      .consequent_expr( HSIZEM==HSIZES)
      );

   assert_implication
     #(`OVL_ERROR,`OVL_ASSERT,
       "Check HSIZE for bit-band alias access phase 2 (data phase 1)")
   u_ovl_bb_alias_hsize_phase_2
     (.clk(HCLK), .reset_n(HRESETn),
      .antecedent_expr(ovl_reg_rmw_data_phase_1 & (~HRESPM)),
      .consequent_expr( HSIZEM==ovl_reg_hsize_data_phase)
      );

   // Detect read/write access to bit band alias which are not word aligned
   // This is NOT an RTL design issue. This is a software issue.

   assert_implication
     #(`OVL_ERROR,`OVL_ASSERT,
       "Check bit band read/write accesses to non word aligned bit band alias address")
   u_ovl_bb_alias_haddr_non_word_aligned
     (.clk(HCLK), .reset_n(HRESETn),
      .antecedent_expr(ovl_bb_alias_address_phase & HREADYS),
      .consequent_expr(HADDRS[1:0]==2'b00)
      );

`endif

endmodule